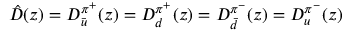
\hat { D } ( z ) = D _ { \bar { u } } ^ { \pi ^ { + } } ( z ) = D _ { d } ^ { \pi ^ { + } } ( z ) = D _ { \bar { d } } ^ { \pi ^ { - } } ( z ) = D _ { u } ^ { \pi ^ { - } } ( z )